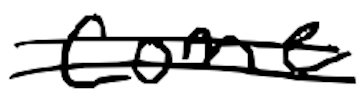
Text: come
Cross-out: double-line
Writing tool: digital_black